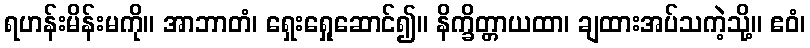
ရဟန်းမိန်းမကို။ အာဘာတံ၊ ရှေးရှေုဆောင်၍။ နိက္ခိတ္တာယထာ၊ ချထားအပ်သကဲ့သို့။ ဧဝံ၊